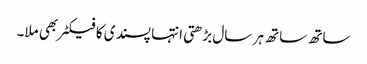
ساتھ ساتھ ہر سال بڑھتی انتہا پسندی کا فیکٹر بھی ملا۔